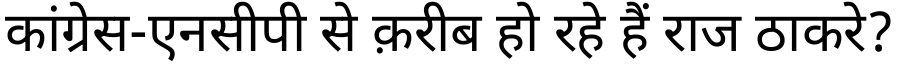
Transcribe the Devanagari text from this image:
कांग्रेस-एनसीपी से क़रीब हो रहे हैं राज ठाकरे?